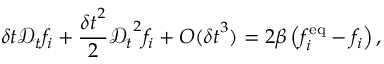
\delta t \mathcal { D } _ { t } f _ { i } + \frac { { \delta t } ^ { 2 } } { 2 } { \mathcal { D } _ { t } } ^ { 2 } f _ { i } + { O } ( { \delta t } ^ { 3 } ) = 2 \beta \left( f _ { i } ^ { \mathrm { e q } } - f _ { i } \right) ,